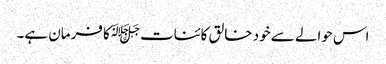
اس حوالے سے خود خالق کائنات ﷻکا فرمان ہے۔